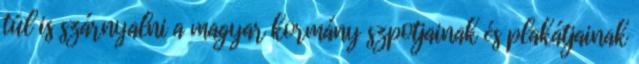
túl is szárnyalni a magyar kormány szpotjainak és plakátjainak